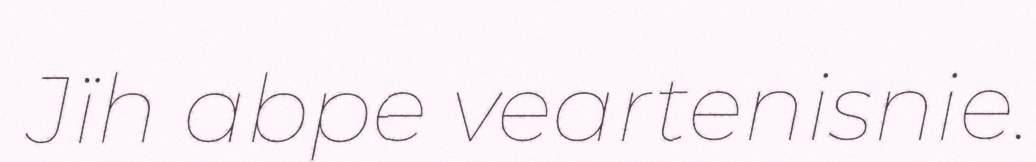
Jïh abpe veartenisnie.